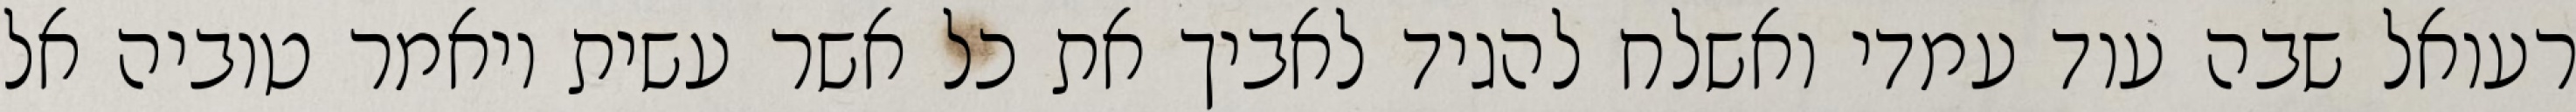
רעואל שבה עוד עמדי ואשלח להגיד לאביך את כל אשר עשית ויאמר טוביה אל